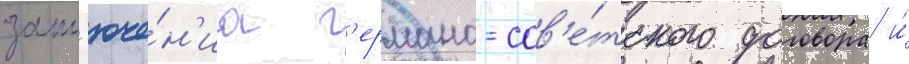
закл'юче́н'иа г'ермано-сов'е́тского договора и́